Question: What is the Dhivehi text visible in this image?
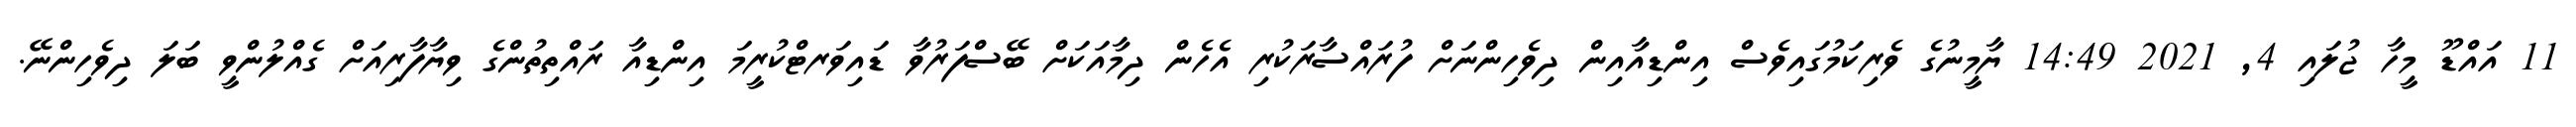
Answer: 11 އައްޑޫ މީހާ ޖުލައި 4, 2021 14:49 ޔާމީނުގެ ވެރިކަމުގައިވެސް އިންޑިއާއިން ދިވެހިންނަށް ފުރައްސާރަކުރި އެހެން ދިމާއަކަށް ބޭސްފަރުވާ ޑައިވަރޓްކުރީމަ އިންޑިއާ ރައްތިތުންގެ ވިޔާފާރިއަށް ގެއްލުންވީ ބަލަ ދިވެހިންނޭ.